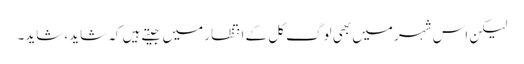
لیکن اس شہر میں بھی لوگ کل کے انتظار میں جیتے ہیں کہ شاید، شاید۔